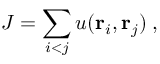
J = \sum _ { i < j } u ( { \bf r } _ { i } , { \bf r } _ { j } ) \; ,